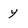
Character: y